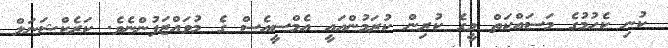
ކުނި ކެހުމުގެ މަސައްކަތް މީގެ ކުރިން ކުރަމުންއައީ އެމްސީއެސް ގެ މުވައްޒަފުންނެވެ. ކަރެކްޝަނަލް